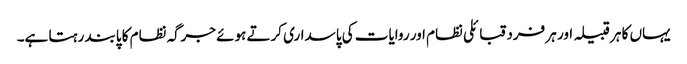
یہاں کا ہر قبیلہ اور ہر فرد قبائلی نظام اور روایات کی پاسداری کرتے ہوئے جرگہ نظام کا پابند رہتا ہے۔